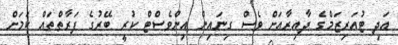
އަދި ޓުއަރިޒަމްގެ ދާއިރާއަށް ވެސް ގިނައިން އިންވެސްޓް ކުރީ ބޭރުގެ ފަރާތްތައް ކަމަށް